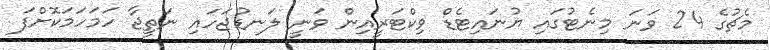
މެޗުގެ 24 ވަނަ މިނެޓުގައި ޔުނައިޓެޑް ވިކްޓަރީއިން ވަނީ ލަނޑުޖަހައި ނަތީޖާ ހަމަހަަމަކޮށްފަ